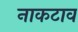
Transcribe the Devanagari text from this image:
नाकटाव